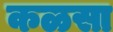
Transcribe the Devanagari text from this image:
कळसा